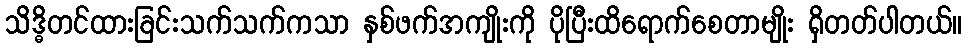
သိဒ္ဓိတင်ထားခြင်းသက်သက်ကသာ နှစ်ဖက်အကျိုးကို ပိုပြီးထိရောက်စေတာမျိုး ရှိတတ်ပါတယ်။